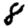
Digit: 8